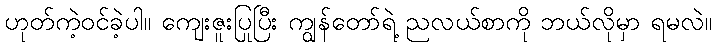
ဟုတ်ကဲ့ဝင်ခဲ့ပါ။ ကျေးဇူးပြုပြီး ကျွန်တော်ရဲ့ ညလယ်စာကို ဘယ်လိုမှာ ရမလဲ။